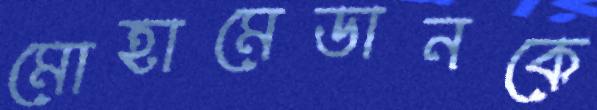
মোহামেডানকে